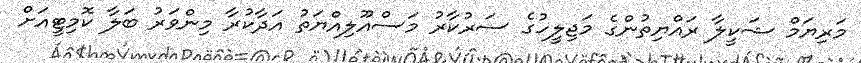
މަރިޔަމް ޝަކީލާ ރައްޔިތުންގެ މަޖިލީހުގެ ސަރުކާރު މަސްއޫލިއްޔަތު އަދާކުރާ މިންވަރު ބަލާ ކޮމިޓީއަށް